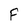
Character: F